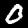
Label: 0